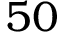
5 0